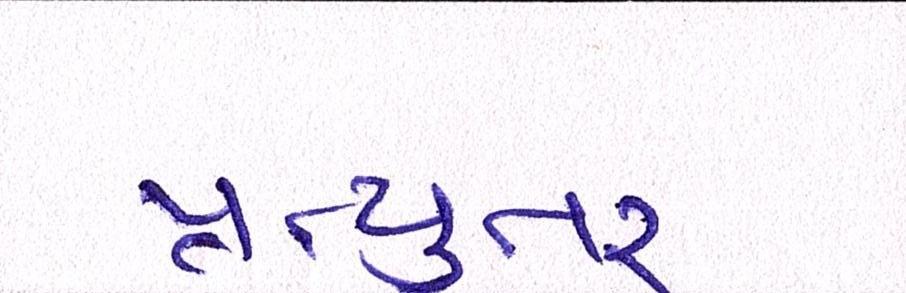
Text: પ્રત્યુતર